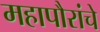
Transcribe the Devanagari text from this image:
महापौरांचे